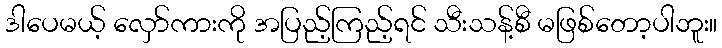
ဒါပေမယ့် လှော်ကားကို အပြည့်ကြည့်ရင် သီးသန့်စီ မဖြစ်တော့ပါဘူး။